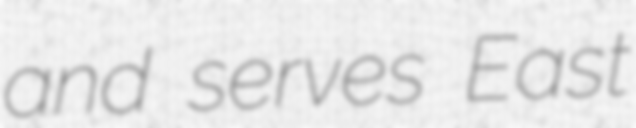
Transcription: and serves East